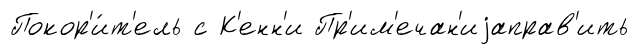
Покор'и́т'ель с К'енн'и Пр'им'ечан'иjаправ'ить